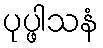
ပုပ္ဖါသနံ